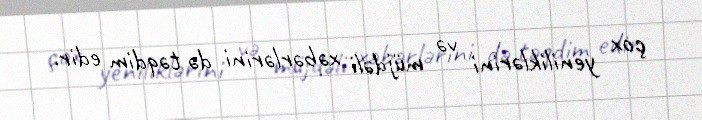
çox yeniliklərini və müjdəli xəbərlərini də təqdim edir.